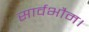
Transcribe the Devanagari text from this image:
सार्वभौम।